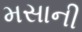
મસાની